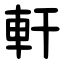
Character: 軒